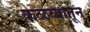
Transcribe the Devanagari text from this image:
कळव्यातून